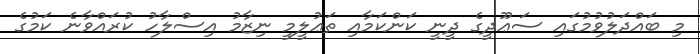
މި ބައްދަލުވުމުގައި ސަޢޫދީގެ ދީނީ ކަންކަމާއި ތަޢުލީމީ ނިޒާމު އިސްލާހު ކުރައްވާނެ ކަމުގެ